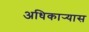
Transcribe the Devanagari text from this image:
अधिकार्‍यास